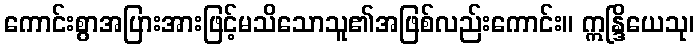
ကောင်းစွာအပြားအားဖြင့်မသိသောသူ၏အဖြစ်လည်းကောင်း။ ဣန္ဒြိယေသု၊